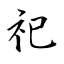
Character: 祀